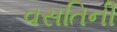
વસતિની